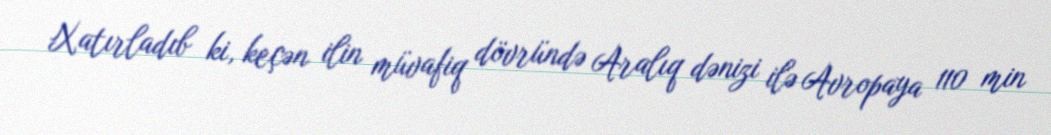
Xatırladıb ki, keçən ilin müvafiq dövründə Aralıq dənizi ilə Avropaya 110 min